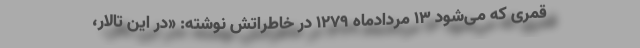
قمری که می‌شود ۱۳ مردادماه ۱۲۷۹ در خاطراتش نوشته: «در این تالار،